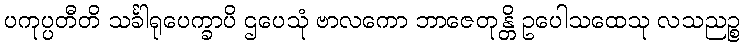
ပကုပ္ပတီတိ သင်္ခါရုပေက္ခာပိ ဌပေသုံ ဗာလကော ဘာဇေတုန္တိ ဥပေါသထေသု လသညဉ္စ